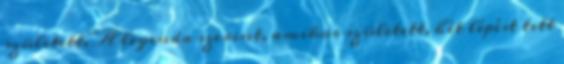
született. A legenda szerint, amikor született, hét lépést tett